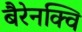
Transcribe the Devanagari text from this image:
बैरेनक्वि